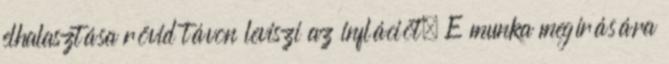
elhalasztása rövid távon leviszi az inflációt. E munka megírására